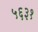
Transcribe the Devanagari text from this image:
५६३१